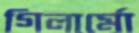
গিলার্মো